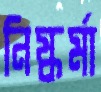
নিষ্কর্মা